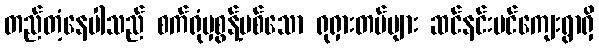
တည်တံ့နေပါသည် စက်ရုံမှစွန့်ပစ်သော ရုရှားတပ်များ ဆင်နင်းပင်ကျေးရွာရှိ